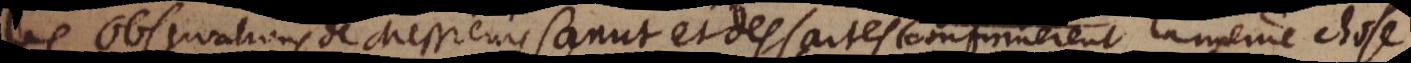
Les observations de Messieurs Canut et des Cartes à Stockholm confirmerent la même chose.